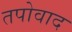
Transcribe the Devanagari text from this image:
तपोवाद